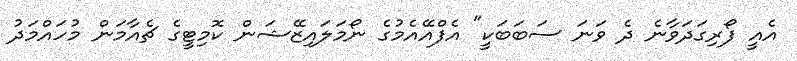
އެއީ ފޯރިގަދަވާނެ ދެ ވަނަ ސަބަބަކީ" އެފްއޭއެމުގެ ނޯމަލައިޒޭޝަން ކޮމިޓީގެ ޗެއާމަން މުހައްމަދު